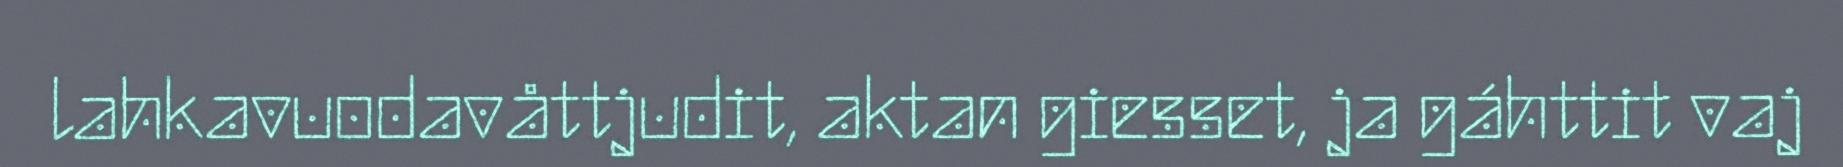
lahkavuodavåttjudit, aktan giesset, ja gáhttit vaj